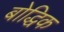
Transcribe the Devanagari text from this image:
बोद्धिक